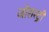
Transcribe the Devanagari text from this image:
जोरास्ट्री